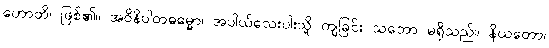
ဟောတိ၊ ဖြစ်၏။ အဝိနိပါတဓမ္မော၊ အပါယ်လေးပါးသို့ ကျခြင်း သဘော မရှိသည်။ နိယတော၊